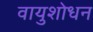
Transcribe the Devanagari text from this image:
वायुशोधन